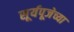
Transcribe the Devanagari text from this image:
सूर्यपूजेच्या